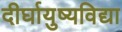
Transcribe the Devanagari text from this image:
दीर्घायुष्यविद्या